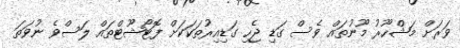
ވަރަށް މަޝްހޫރު މޫނުތައް ވެސް ގަޑި ޖެހި ގަޑިއިރުތަކަކަށް ފޮޓޯޝޫޓްތައް ލަސްވެ ނުވަތަ